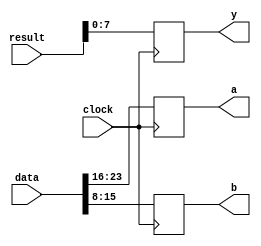
`timescale 1ns / 1ps

// GroupID-73(15116003_15116066) - Abhimanyu Bambhaniya & Utkarsh Gupta 
// reg_file.v - Register File

module reg_file(
   input clock,
	input [23:0] data,
	input [15:0] result,
	output reg [7:0] a,
	output reg [7:0] b,
	output reg [7:0] y
);
	reg [7:0] reg_x, reg_y;
	
	always @(posedge clock) begin
		
		a = data[23:16];
		b = data[15:8];
		
		reg_x = result[15:8];
		y = result[7:0];
		
	end

endmodule